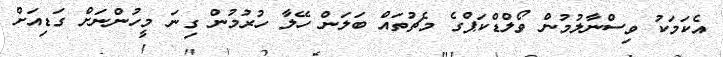
އެކަމަކު ވިސްނާލުމުން ވޯލްޑްކަޕްގެ މެޗުތައް ބަލަން ހޭލާ ހުރުމުން ގިނަ މީހުންނަށް ގަޑިއަށް